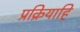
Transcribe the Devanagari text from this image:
प्रक्रियाहि